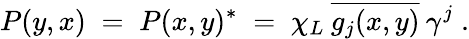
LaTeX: P(y,x)\; =\; P(x,y)^{*}\; =\; \chi_{L}\: \overline{{{g_{j}(x,y)}}}\: \gamma^{j}\; .